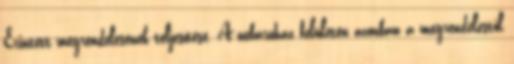
Érintett megrendelésének teljesítése. A webáruház felületén azonban a megrendeléstől